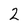
Character: 2